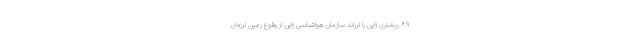
۶.۹ ریشتری ژاپن را لرزاند سازمان هواشناسی ژاپن از وقوع زمین لرزه‌ای